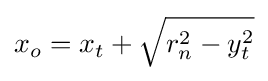
x_{o}=x_{t}+{\sqrt {r_{n}^{2}-y_{t}^{2}}}